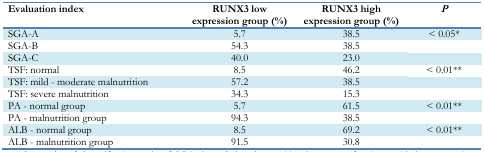
<table><thead><tr><td><b>Evaluation index</b></td><td><b>RUNX3 low expression group (%)</b></td><td><b>RUNX3 high expression group (%)</b></td><td><b><i>P</i></b></td></tr></thead><tbody><tr><td>SGA-A</td><td>5.7</td><td>38.5</td><td>&lt; 0.05<sup>*</sup></td></tr><tr><td>SGA-B</td><td>54.3</td><td>38.5</td><td>[EMPTY_CELL]</td></tr><tr><td>SGA-C</td><td>40.0</td><td>23.0</td><td>[EMPTY_CELL]</td></tr><tr><td>TSF: normal</td><td>8.5</td><td>46.2</td><td>&lt; 0.01<sup>**</sup></td></tr><tr><td>TSF: mild - moderate malnutrition</td><td>57.2</td><td>38.5</td><td>[EMPTY_CELL]</td></tr><tr><td>TSF: severe malnutrition</td><td>34.3</td><td>15.3</td><td>[EMPTY_CELL]</td></tr><tr><td>PA - normal group</td><td>5.7</td><td>61.5</td><td>&lt; 0.01<sup>**</sup></td></tr><tr><td>PA - malnutrition group</td><td>94.3</td><td>38.5</td><td>[EMPTY_CELL]</td></tr><tr><td>ALB - normal group</td><td>8.5</td><td>69.2</td><td>&lt; 0.01<sup>**</sup></td></tr><tr><td>ALB - malnutrition group</td><td>91.5</td><td>30.8</td><td>[EMPTY_CELL]</td></tr></tbody></table>